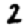
Digit: 2